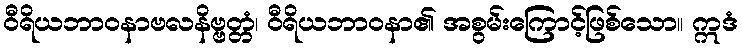
ဝီရိယဘာဝနာဗလနိဗ္ဗတ္တံ၊ ဝီရိယဘာဝနာ၏ အစွမ်းကြောင့်ဖြစ်သော။ ဣဒံ